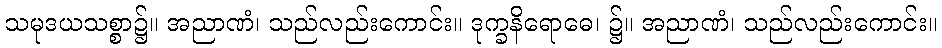
သမုဒယသစ္စာ၌။ အညာဏံ၊ သည်လည်းကောင်း။ ဒုက္ခနိရောဓေ၊ ၌။ အညာဏံ၊ သည်လည်းကောင်း။